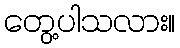
တွေ့ပါသလား။